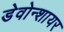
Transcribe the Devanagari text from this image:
डेवोन्शायर